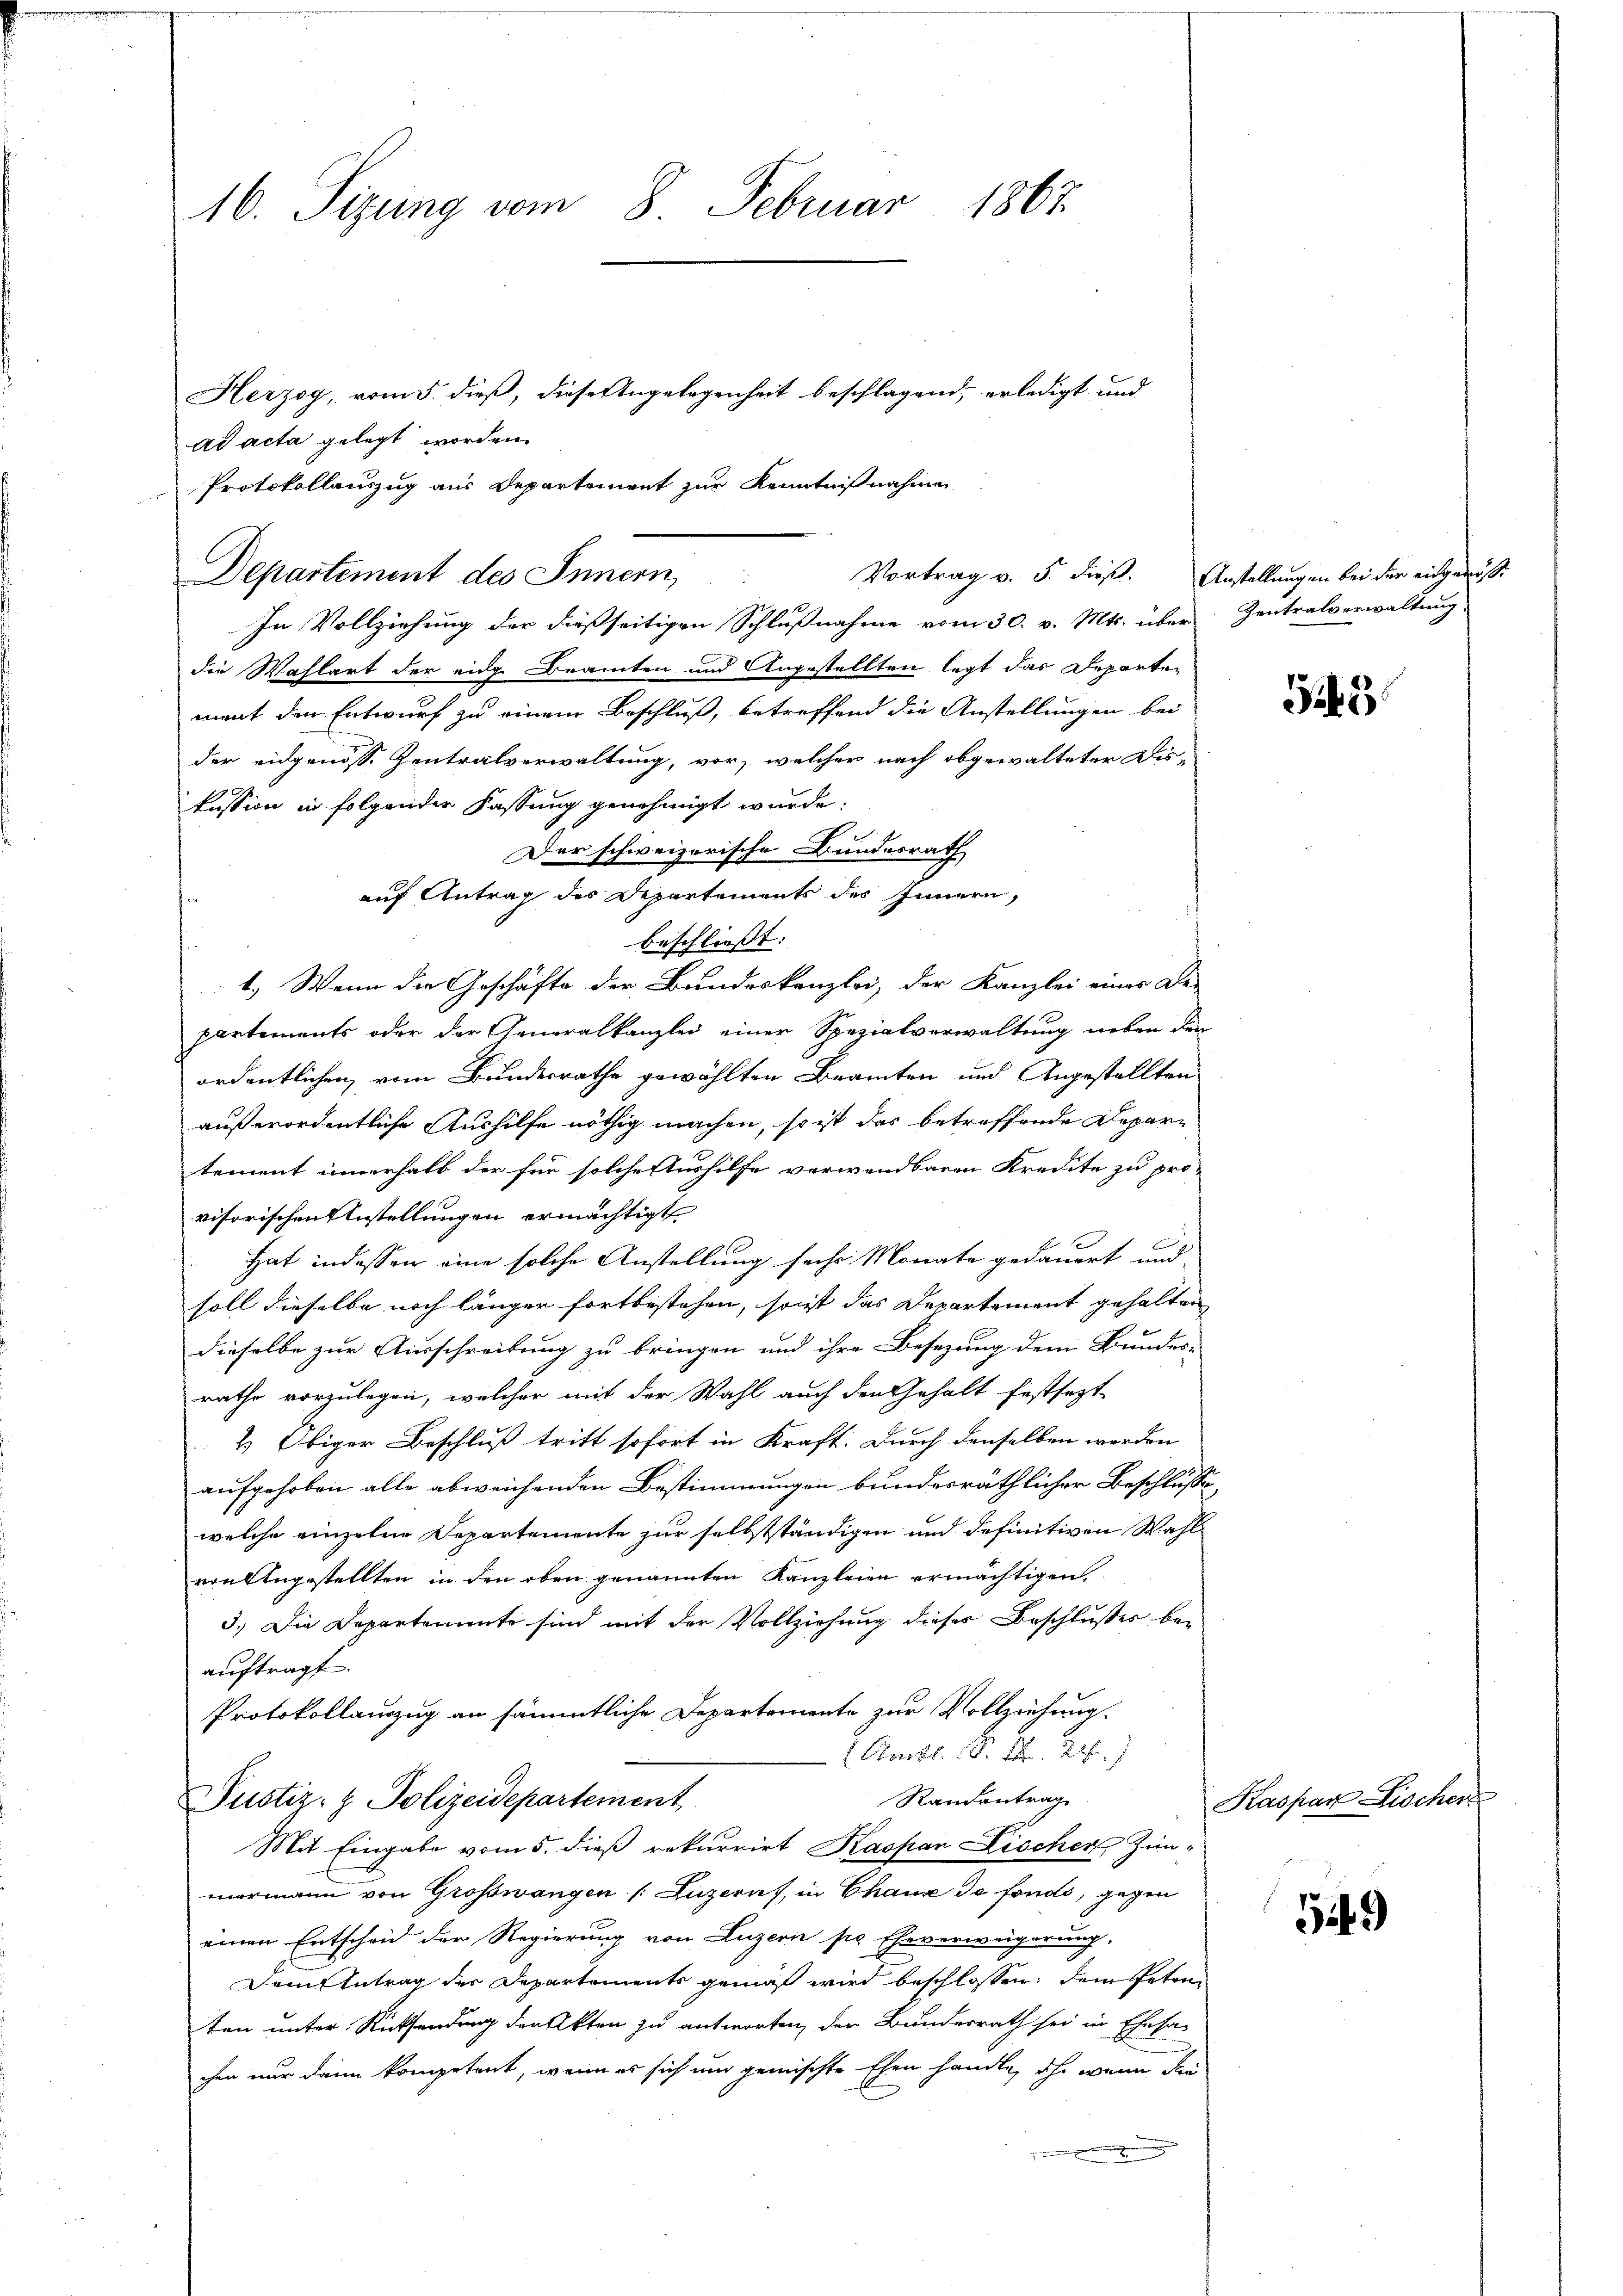
16. Sizung vom 8. Februar 1867
Herzog, vom 5. dieß, diese Angelegenheit beschlagend, erledigt und
ad acta gelegt worden.

Protokollauszug aus Departement zur Kenntnißnahmen
In Vollziehung der dießseitigen Schlußnahme vom 30. v. Mts. über Zentralverwaltung
die Wahlart der eidg. Beamten und Angestellten legt das Departen
ment den Entwurf zu einem Beschluß, betreffend die Anstellungen bei
der eidgenöss. Zentralverwaltung, vor, welcher nach obgewalteter Dis-
kession in folgender Kassung genehmigt wurde:
Der schweizerische Bundesrath
auf Antrag des Departements des Innern,
beschließt:
1.) Wenn die Geschäfte der Bundeskanzlei, der Kanzlei einer De-
partements oder der Generalkanzlei einer Spezialverwaltung neben den
ordentlichen, vom Bundesrathe gewählten Beamten und Angestellten
außerordentliche Aushilfe nöthig machen, so ist das betreffende Departement innerhalb der für solche Aushilfe verwandbaren Kredite zu pro-
visorischen Anstellungen ermächtigt
Hat indessen eine solche Anstellung sechs Monate gedauert und
soll dieselbe noch längen fortbestehen, so ist das Departement gehalten
dieselbe zur Ausschreibung zu bringen und ihre Besetzung dem Bundes-
rathe vorzulegen, welcher mit der Wahl auch den Gehalt festsezt
2) Obiger Beschluß tritt sofort in Kraft. Durch denselben werden
aufgehoben alle abweichenden Bestimmungen bundesräthlicher Beschlusse,
welche einzelne Departemente zur selbstständigen und definitiven Wahl
von Angestellten in den oben genannten Kanzleien ermächtigen.
3.) Die Departemente sind mit der Vollziehung dieses Beschlußes bei
auftragt.
Protokollauszug an sämmtliche Departemente zur Vollziehung.
Kaibl. S. Nr. 28. 7
Randantrag
Justiz- & Polizeidepartement
Mit Eingabe vom 5. dieß rekurrirt Kaspan Fischen Zim-
mermann von Großwangen (Luzern, in Chaux de fonds, gegen
einen Entscheid der Regierung von Luzern pr Eheverweigerung,
Dem Antrag der Departements gemäß wird beschlossen, dem Petenten unter Rücksendung der Akten zu antworten, der Bundesrath sei in Ehesa-
chen nur dann kompetent, wenn es sich um gemischte Ehen handle, ihr wenn die

Departement des Innern,

Vortrag v. 5. dieß. Anstellungen bei der eidgenös¬

Gie

Kaspar Fischer

149